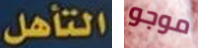
التأهل موجو